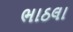
ભાઠલા